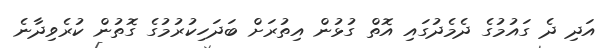
އަދި ދެ ގައުމުގެ ދެމެދުގައި އޮތް ގުޅުން އިތުރަށް ބަދަހިކުރުމުގެ ގޮތުން ކުރެވިދާނެ